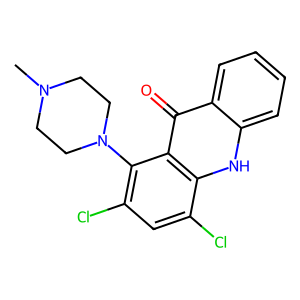
SMILES: CN1CCN(c2c(Cl)cc(Cl)c3[nH]c4ccccc4c(=O)c23)CC1
Inhibits HIV replication: No